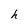
Character: h